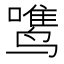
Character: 𱊡